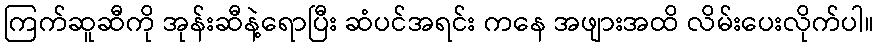
ကြက်ဆူဆီကို အုန်းဆီနဲ့ရောပြီး ဆံပင်အရင်း ကနေ အဖျားအထိ လိမ်းပေးလိုက်ပါ။